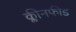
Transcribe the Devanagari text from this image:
क्लीनफीड